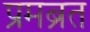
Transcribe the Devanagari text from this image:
प्रमब्रत